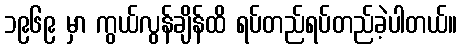
၁၉၆၉ မှာ ကွယ်လွန်ချိန်ထိ ရပ်တည်ရပ်တည်ခဲ့ပါတယ်။